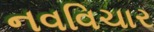
નવવિચાર